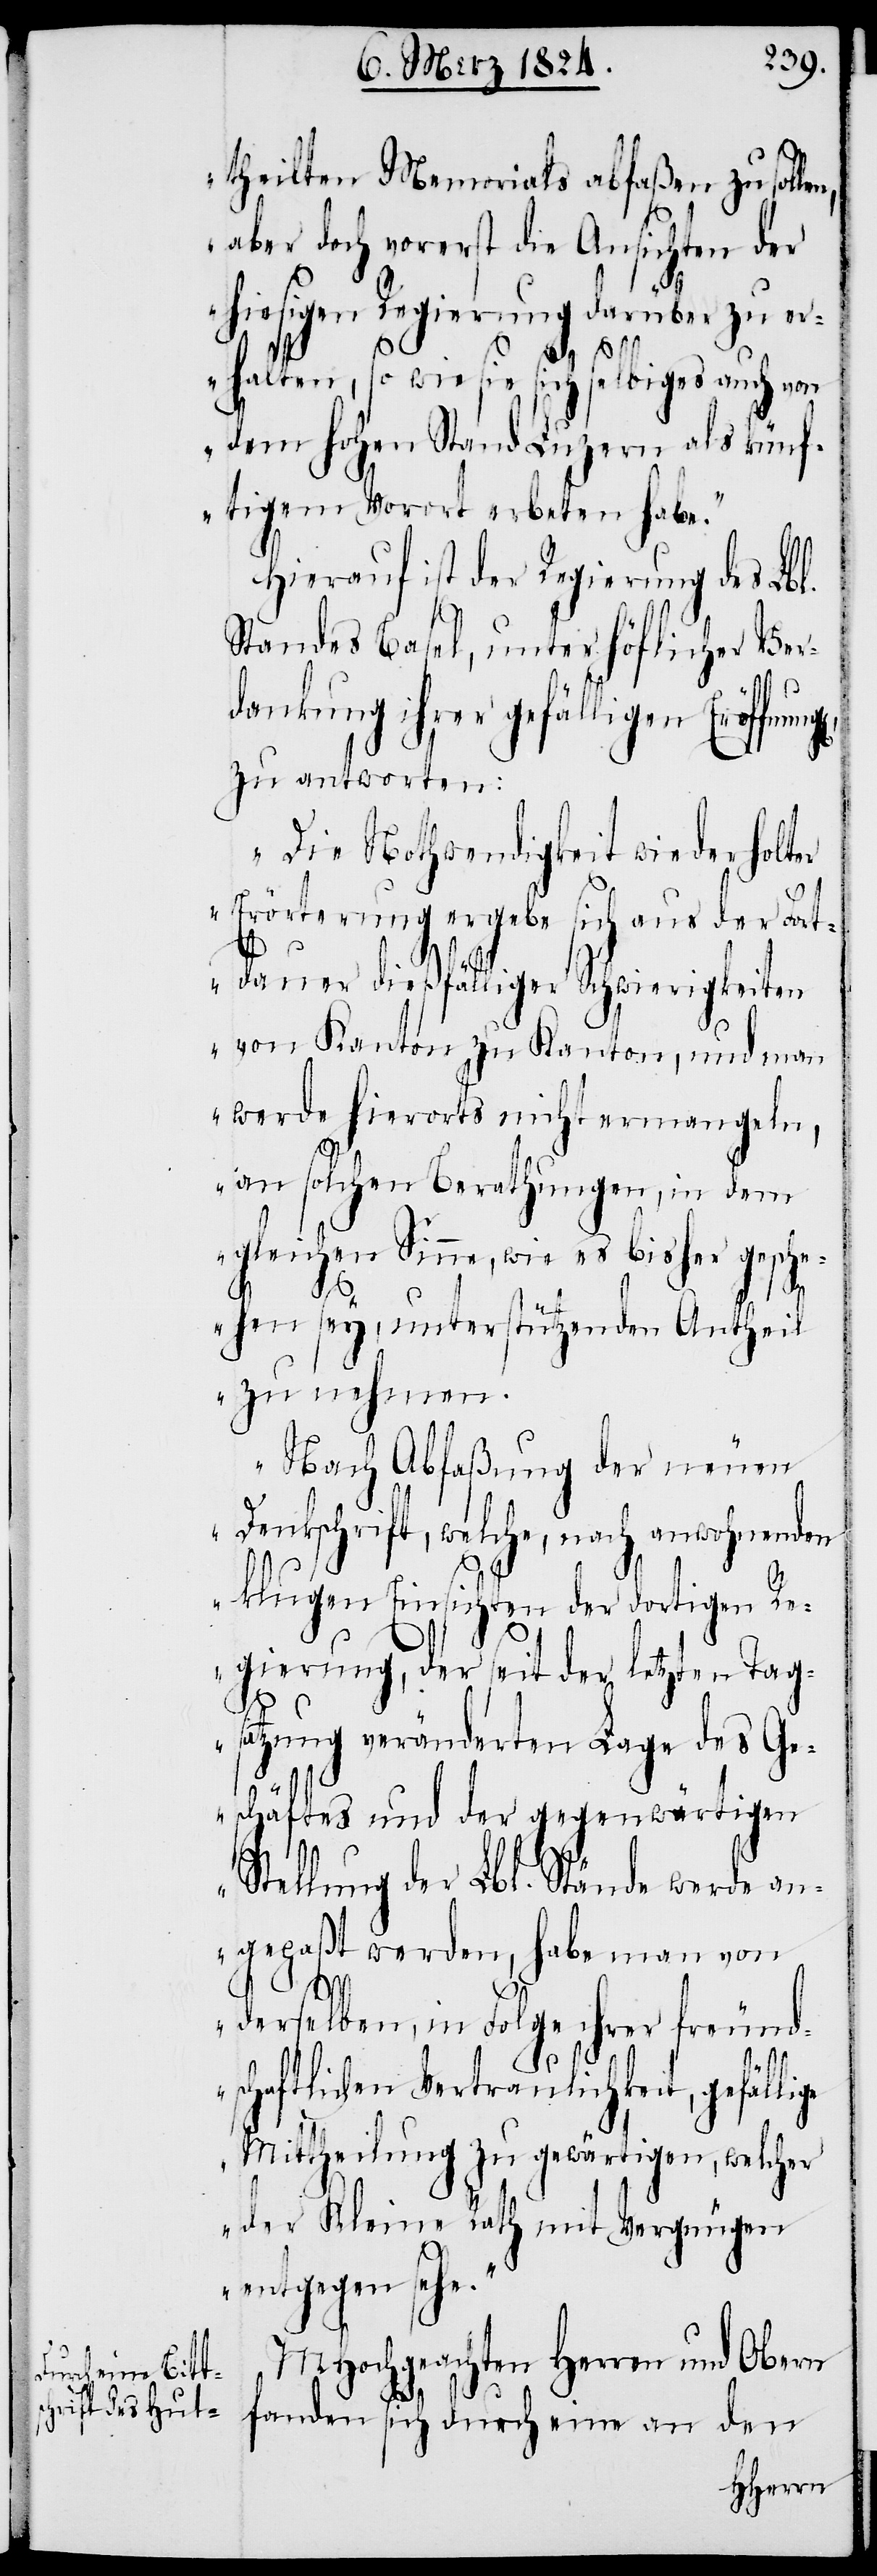
theilten Memorials abfaßen zu soll¬
aber doch vorerst die Ansichten der
hiesigen Regierung darüber zu er¬
ge
halten, so wie sie sich selbiges auch von
dem hohen Stand Luzern als künf¬
tigem Vorort erbeten habe.“
Hierauf ist der Regierung des Lbl.
Standes Basel, unter höflicher Ver¬
dankung ihrer gefälligen Eröffnu¬
zu antworten:
„Die Nothwendigkeit wiederholter
Erörterung ergebe sich aus der Fort¬
dauer dießfälliger Schwierigkeiten
von Kanton zu Kanton, und man
werde hierorts nicht ermangeln,
an solchen Berathungen, in dem
gleichen Sinne, wie es bisher gesche¬
hen sey, unterstützenden Antheil
zu nehmen.
Nach Abfaßung der neuen
Denkschrift, welche, nach anwohnenden
klugen Einsichten der dortigen Re¬
gierung, der seit der letzten Tag¬
satzung veränderten Lage des Ge¬
schäftes und der gegenwärtigen
Stellung der Lbl. Stände werde an¬
gepaßt werden, habe man von
derselben, in Folge ihrer freund¬
schaftlichen Vertraulichkeit, gefälli¬
Mittheilung zu gewärtigen, welcher
der Kleine Rath mit Vergnügen
entgegen sehe.“
MHochgeachten Herren und Obern
fanden sich durch eine an den